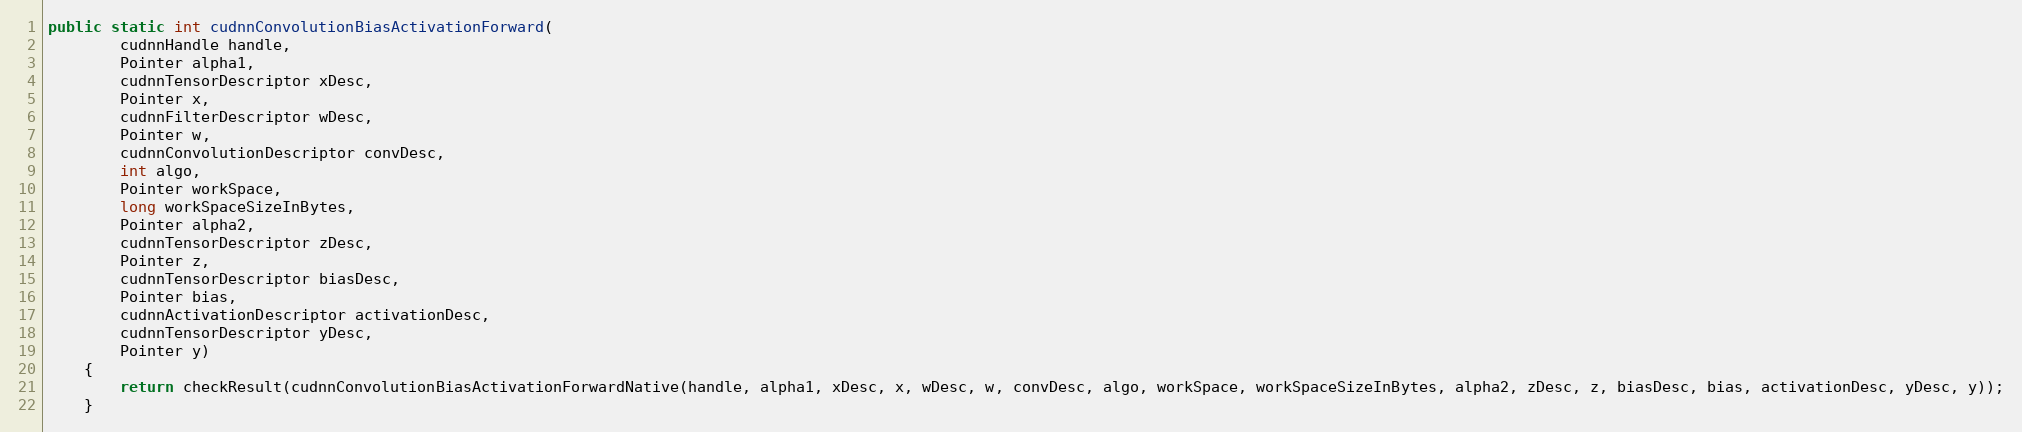
Language: Java
public static int cudnnConvolutionBiasActivationForward(
        cudnnHandle handle,
        Pointer alpha1,
        cudnnTensorDescriptor xDesc,
        Pointer x,
        cudnnFilterDescriptor wDesc,
        Pointer w,
        cudnnConvolutionDescriptor convDesc,
        int algo,
        Pointer workSpace,
        long workSpaceSizeInBytes,
        Pointer alpha2,
        cudnnTensorDescriptor zDesc,
        Pointer z,
        cudnnTensorDescriptor biasDesc,
        Pointer bias,
        cudnnActivationDescriptor activationDesc,
        cudnnTensorDescriptor yDesc,
        Pointer y)
    {
        return checkResult(cudnnConvolutionBiasActivationForwardNative(handle, alpha1, xDesc, x, wDesc, w, convDesc, algo, workSpace, workSpaceSizeInBytes, alpha2, zDesc, z, biasDesc, bias, activationDesc, yDesc, y));
    }